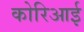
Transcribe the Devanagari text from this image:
कोरिआई